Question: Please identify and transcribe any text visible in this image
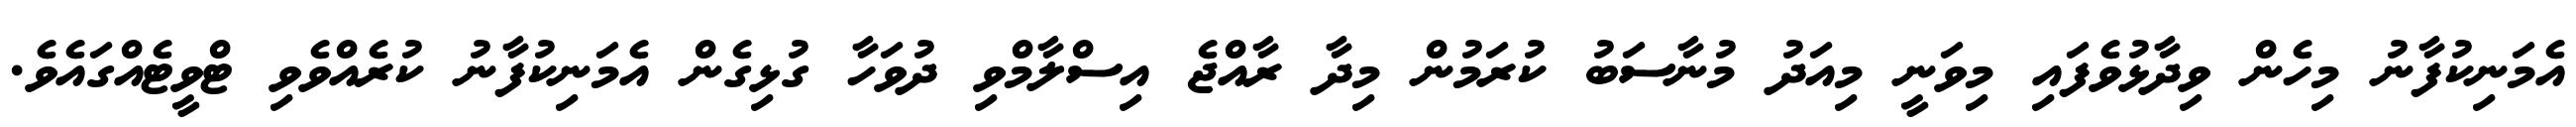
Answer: އެމަނިކުފާނު މިހެން ވިދާޅުވެފައި މިވަނީ މިއަދު މުނާސަބު ކުރަމުން މިދާ ރާއްޖެ އިސްލާމްވި ދުވަހާ ގުޅިގެން އެމަނިކުފާނު ކުރެއްވެވި ޓްވީޓެއްގައެވެ.